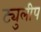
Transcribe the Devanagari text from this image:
ट्युलीप